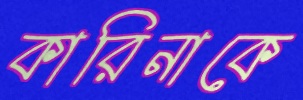
কারিনাকে